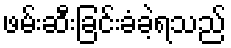
ဖမ်းဆီးခြင်းခံခဲ့ရသည်